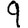
Digit: 9